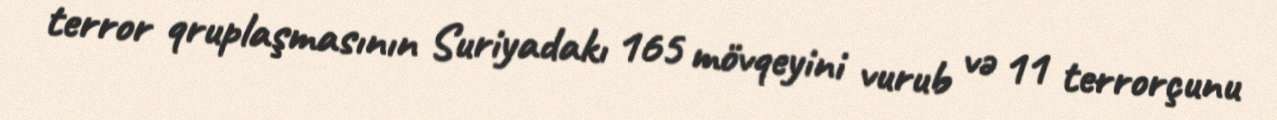
terror qruplaşmasının Suriyadakı 165 mövqeyini vurub və 11 terrorçunu